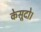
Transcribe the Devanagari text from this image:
केसूदो।